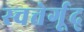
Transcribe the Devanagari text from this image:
स्चत्तेर्गूद्